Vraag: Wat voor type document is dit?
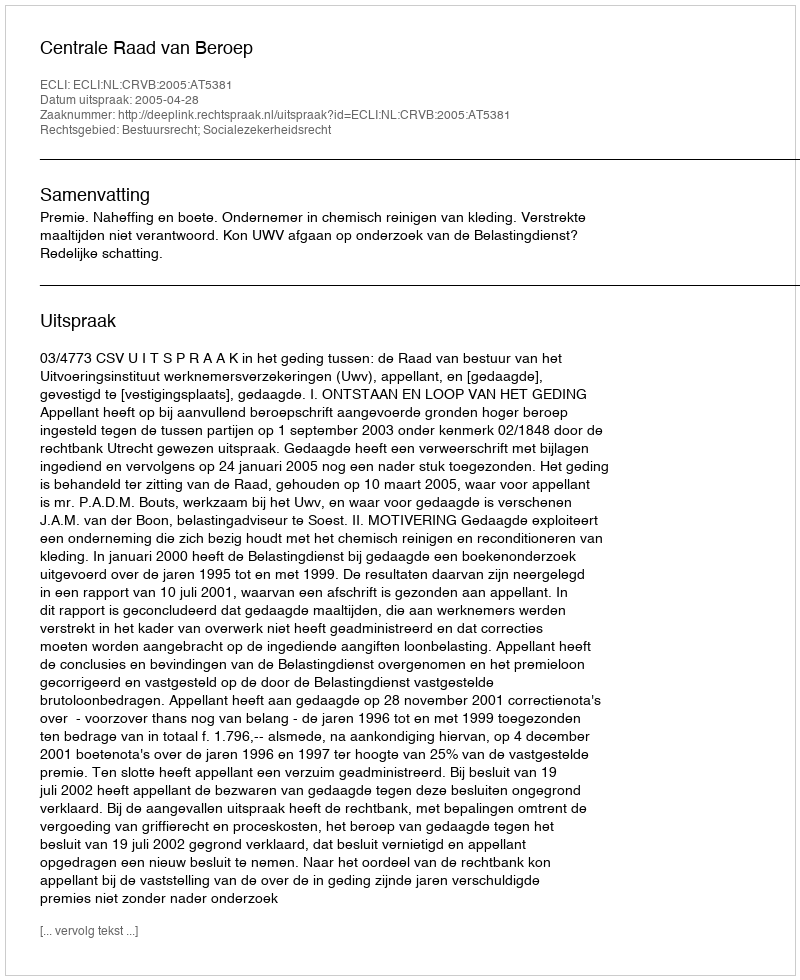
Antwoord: Uitspraak